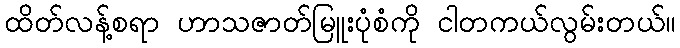
ထိတ်လန့်စရာ ဟာသဇာတ်မြူးပုံစံကို ငါတကယ်လွမ်းတယ်။